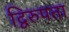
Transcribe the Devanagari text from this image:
द्विरुपता